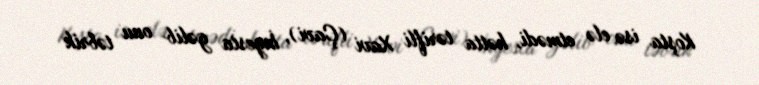
Koşta isə elə etmədi, hətta tərifli Xavi (Çavi), İnyesta gəlib onu təbrik